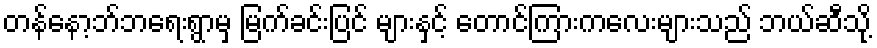
တန်နော့ဘ်ဘရေးရွာမှ မြက်ခင်းပြင် များနှင့် တောင်ကြားကလေးများသည် ဘယ်ဆီသို့